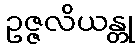
ဥဇ္ဇလိယန္တု